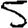
Digit: 5